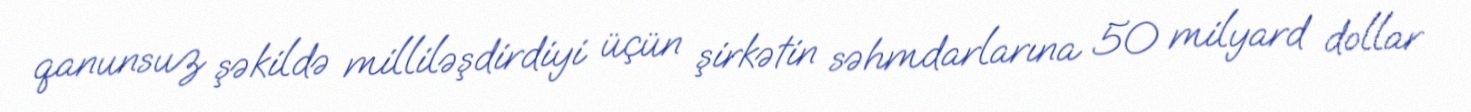
qanunsuz şəkildə milliləşdirdiyi üçün şirkətin səhmdarlarına 50 milyard dollar